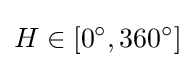
H\in [0^{\circ },360^{\circ }]